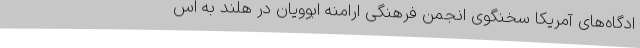
ادگاه‌های آمریکا سخنگوی انجمن فرهنگی ارامنه ابوویان در هلند به اس